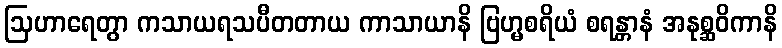
ဩဟာရေတွာ ကသာယရသပီတတာယ ကာသာယာနိ ဗြဟ္မစရိယံ စရန္တာနံ အနုစ္ဆဝိကာနိ